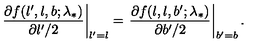
\left. \frac { \partial f ( l ^ { \prime } , l , b ; \lambda _ { * } ) } { \partial l ^ { \prime } / 2 } \right| _ { l ^ { \prime } = l } = \left. \frac { \partial f ( l , l , b ^ { \prime } ; \lambda _ { * } ) } { \partial b ^ { \prime } / 2 } \right| _ { b ^ { \prime } = b } .